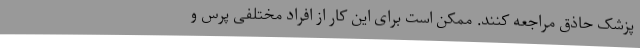
پزشک حاذق مراجعه کنند. ممکن است برای این کار از افراد مختلفی پرس و